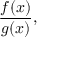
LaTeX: { \frac { f ( x ) } { g ( x ) } } ,